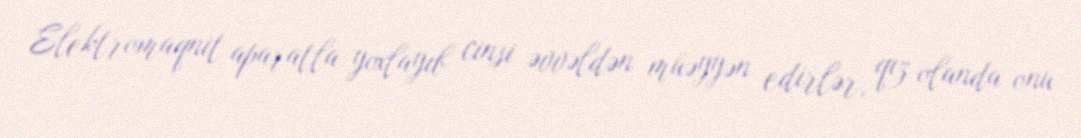
Elektromaqnit aparatla yoxlayıb cinsi əvvəldən müəyyən edirlər, qız olanda onu